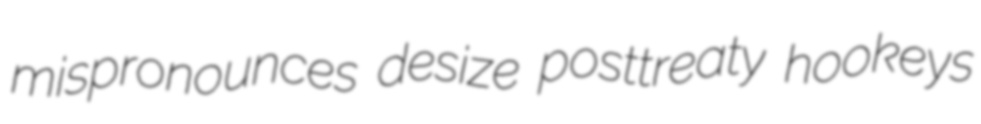
mispronounces desize posttreaty hookeys